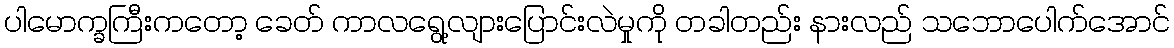
ပါမောက္ခကြီးကတော့ ခေတ် ကာလရွေ့လျားပြောင်းလဲမှုကို တခါတည်း နားလည် သဘောပေါက်အောင်